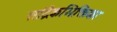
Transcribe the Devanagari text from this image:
सांद्रैकभिक्तिका